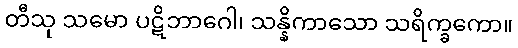
တီသု သမော ပဋိဘာဂေါ၊ သန္နိကာသော သရိက္ခကော။